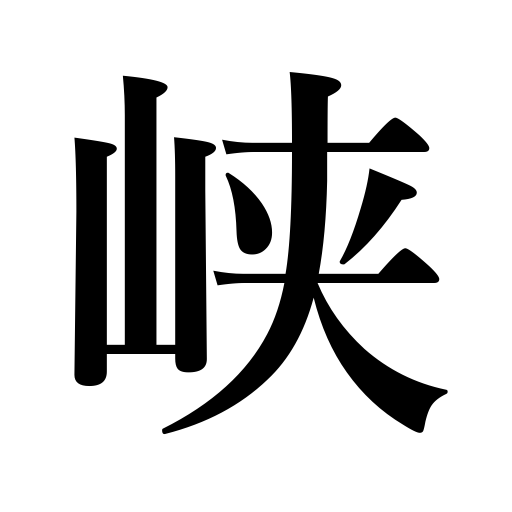
Meanings: gorge,ravine